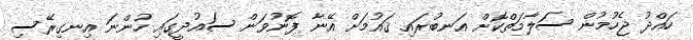
ހައްދު ޖެހުމުން ސަލާމަތްކޮށް އަނބުރައި ޤައުމަށް އޭނާ ފޮނުވަން ސައުދީގައި ހުންނަ އިނގިރޭސި